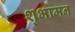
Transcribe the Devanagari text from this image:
शुभामन